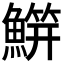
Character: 𬵭